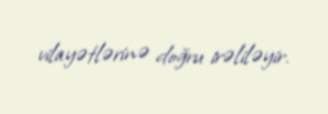
vilayətlərinə doğru irəliləyir.